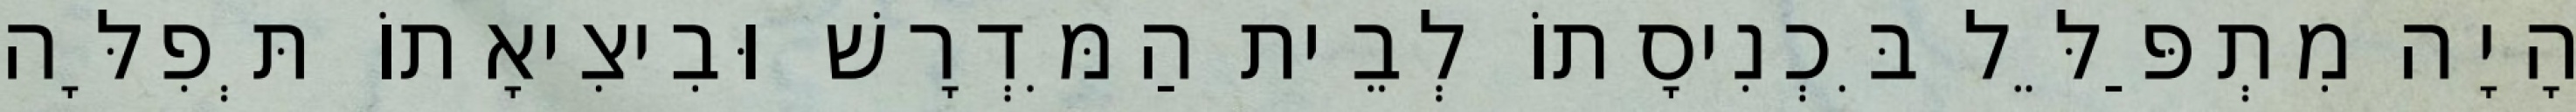
הָיָה מִתְפַּלֵּל בִּכְנִיסָתוֹ לְבֵית הַמִּדְרָשׁ וּבִיצִיאָתוֹ תְּפִלָּה